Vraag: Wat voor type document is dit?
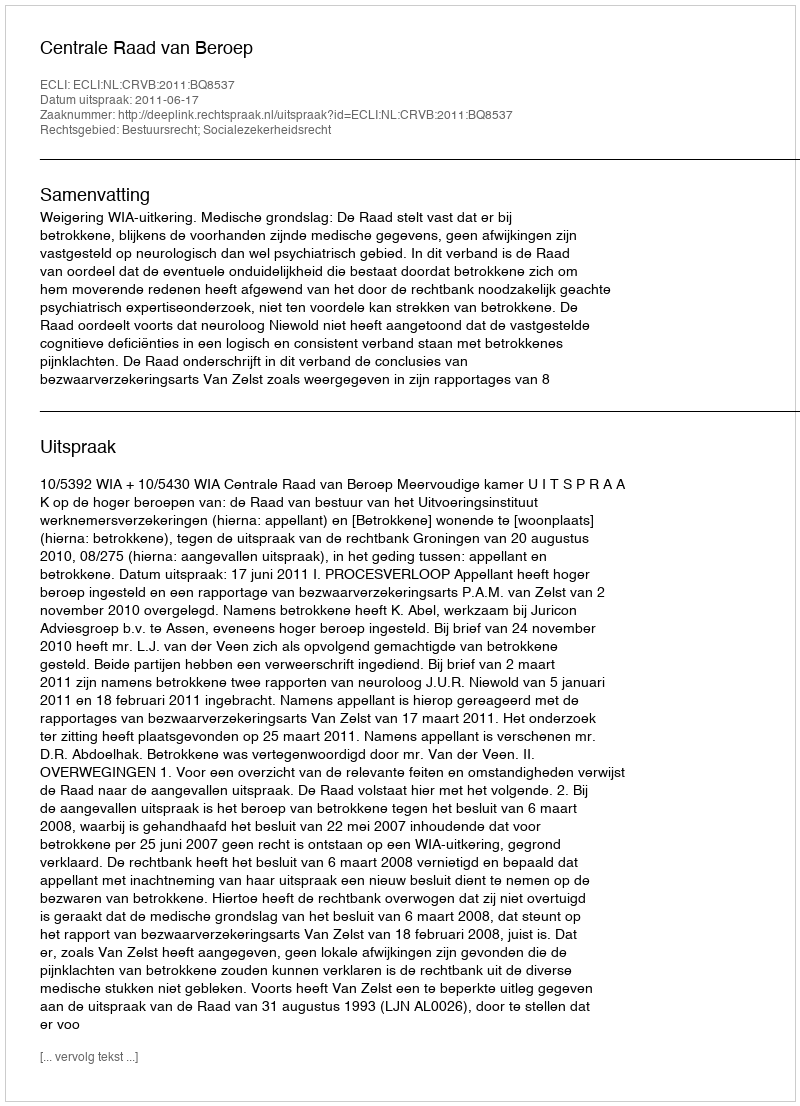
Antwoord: Uitspraak